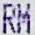
RM